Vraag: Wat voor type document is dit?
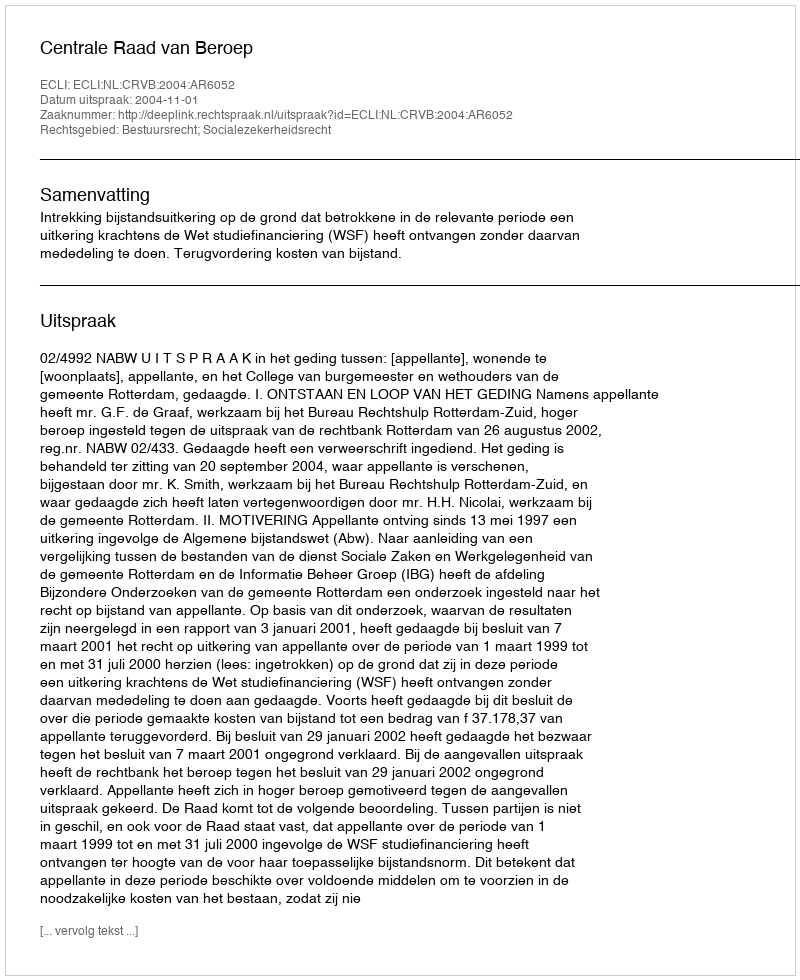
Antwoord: Uitspraak